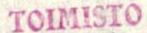
TOIMISTO